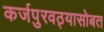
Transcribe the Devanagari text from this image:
कर्जपुरवठ्यासोबत